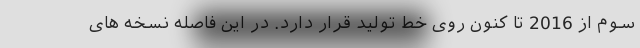
سوم از 2016 تا کنون روی خط تولید قرار دارد. در این فاصله نسخه های